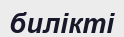
билікті